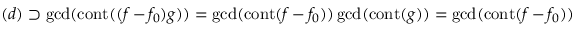
( d ) \supset \gcd ( \operatorname { c o n t } ( ( f - f _ { 0 } ) g ) ) = \gcd ( \operatorname { c o n t } ( f - f _ { 0 } ) ) \gcd ( \operatorname { c o n t } ( g ) ) = \gcd ( \operatorname { c o n t } ( f - f _ { 0 } ) )